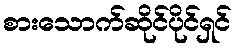
စားသောက်ဆိုင်ပိုင်ရှင်